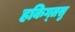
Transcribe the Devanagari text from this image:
हकिग्तसु